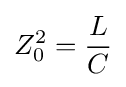
Z_{0}^{2}={\frac {L}{C}}